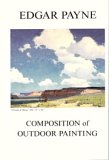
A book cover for Composition of Outdoor Painting; Edgar Payne; Arts & Photography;